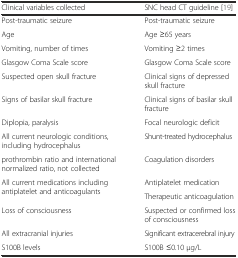
| Clinical variables collected | SNC head CT guideline [19] |
 | --- | --- |
 | Post-traumatic seizure | Post-traumatic seizure |
 | Age | Age ≥65 years |
 | Vomiting, number of times | Vomiting ≥2 times |
 | Glasgow Coma Scale score | Glasgow Coma Scale score |
 | Suspected open skull fracture | Clinical signs of depressed skull fracture |
 | Signs of basilar skull fracture | Clinical signs of basilar skull fracture |
 | Diplopia, paralysis | Focal neurologic deficit |
 | All current neurologic conditions, including hydrocephalus | Shunt-treated hydrocephalus |
 | prothrombin ratio and international normalized ratio, not collected | Coagulation disorders |
 | <ROWSPAN=2> All current medications including antiplatelet and anticoagulants | Antiplatelet medication |
 | Therapeutic anticoagulation |
 | Loss of consciousness | Suspected or confirmed loss of consciousness |
 | All extracranial injuries | Significant extracerebral injury |
 | S100B levels | S100B ≤0.10 μg/L |